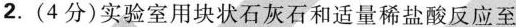
2.(4分)实验室用块状石灰石和适量稀盐酸反应至